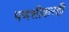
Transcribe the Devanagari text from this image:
पणशीकरही